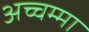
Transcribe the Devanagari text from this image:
अच्चम्मा